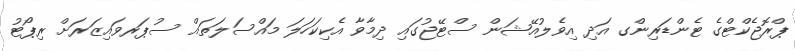
ޕްރޮޖެކްޓްގެ ޓެންޑަރިންގ އަދި އިވެލުއޭޝަން ސްޓޭޖުގައި ދިމާވާ އެކިކަހަލަ މައްސަލަތައް ސުޕަރވައިޒަރަށް ރިޕޯޓު